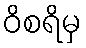
ဝိစရိမှ